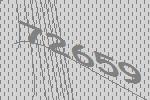
72659